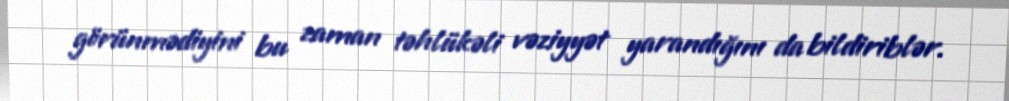
görünmədiyini bu zaman təhlükəli vəziyyət yarandığını da bildiriblər.